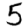
Digit: 5